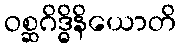
ဝစ္ဆဂိဒ္ဓိနိယောတိ